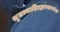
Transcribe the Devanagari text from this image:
भूमध्यादिब्रह्मरन्ध्रपर्यन्त